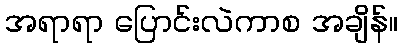
အရာရာ ပြောင်းလဲကာစ အချိန်။